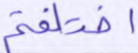
اختلفتم